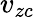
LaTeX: v_{zc}